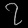
Digit: ၇